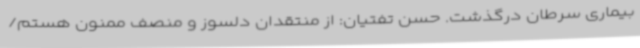
بیماری سرطان درگذشت. حسن تفتیان: از منتقدان دلسوز و منصف ممنون هستم/